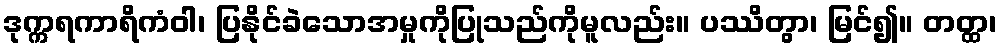
ဒုက္ကရကာရိကံဝါ၊ ပြနိုင်ခဲသောအမှုကိုပြုသည်ကိုမူလည်း။ ပဿိတွာ၊ မြင်၍။ တတ္ထ၊